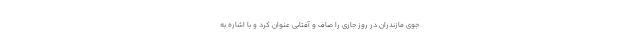
جوی مازندران در روز جاری را صاف و آفتابی عنوان کرد و با اشاره به